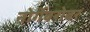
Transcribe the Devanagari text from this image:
नोर्गेबरोबर